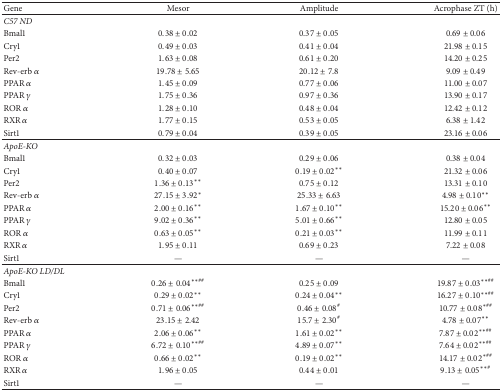
<table><thead><tr><td><b>Gene</b></td><td><b>Mesor</b></td><td><b>Amplitude</b></td><td><b>Acrophase ZT (h)</b></td></tr></thead><tbody><tr><td><i>C57 ND</i></td><td> </td><td> </td><td> </td></tr><tr><td>Bmal1</td><td>0.38 ± 0.02</td><td>0.37 ± 0.05</td><td>0.69 ± 0.06</td></tr><tr><td>Cry1</td><td>0.49 ± 0.03</td><td>0.41 ± 0.04</td><td>21.98 ± 0.15</td></tr><tr><td>Per2</td><td>1.63 ± 0.08</td><td>0.61 ± 0.20</td><td>14.20 ± 0.25</td></tr><tr><td>Rev-erb <i>α</i></td><td>19.78 ± 5.65</td><td>20.12 ± 7.8</td><td>9.09 ± 0.49</td></tr><tr><td>PPAR <i>α</i></td><td>1.45 ± 0.09</td><td>0.77 ± 0.06</td><td>11.00 ± 0.07</td></tr><tr><td>PPAR <i>γ</i></td><td>1.75 ± 0.36</td><td>0.97 ± 0.36</td><td>13.90 ± 0.17</td></tr><tr><td>ROR <i>α</i></td><td>1.28 ± 0.10</td><td>0.48 ± 0.04</td><td>12.42 ± 0.12</td></tr><tr><td>RXR <i>α</i></td><td>1.77 ± 0.15</td><td>0.53 ± 0.05</td><td>6.38 ± 1.42</td></tr><tr><td>Sirt1</td><td>0.79 ± 0.04</td><td>0.39 ± 0.05</td><td>23.16 ± 0.06</td></tr><tr><td><i>ApoE-KO</i></td><td> </td><td> </td><td> </td></tr><tr><td>Bmal1</td><td>0.32 ± 0.03</td><td>0.29 ± 0.06</td><td>0.38 ± 0.04</td></tr><tr><td>Cry1</td><td>0.40 ± 0.07</td><td>0.19 ± 0.02<sup><i>∗∗</i></sup></td><td>21.32 ± 0.06</td></tr><tr><td>Per2</td><td>1.36 ± 0.13<sup><i>∗∗</i></sup></td><td>0.75 ± 0.12</td><td>13.31 ± 0.10</td></tr><tr><td>Rev-erb <i>α</i></td><td>27.15 ± 3.92<sup><i>∗</i></sup></td><td>25.33 ± 6.63</td><td>4.98 ± 0.10<sup><i>∗∗</i></sup></td></tr><tr><td>PPAR <i>α</i></td><td>2.00 ± 0.16<sup><i>∗∗</i></sup></td><td>1.67 ± 0.10<sup><i>∗∗</i></sup></td><td>15.20 ± 0.06<sup><i>∗∗</i></sup></td></tr><tr><td>PPAR <i>γ</i></td><td>9.02 ± 0.36<sup><i>∗∗</i></sup></td><td>5.01 ± 0.66<sup><i>∗∗</i></sup></td><td>12.80 ± 0.05</td></tr><tr><td>ROR <i>α</i></td><td>0.63 ± 0.05<sup><i>∗∗</i></sup></td><td>0.21 ± 0.03<sup><i>∗∗</i></sup></td><td>11.99 ± 0.11</td></tr><tr><td>RXR <i>α</i></td><td>1.95 ± 0.11</td><td>0.69 ± 0.23</td><td>7.22 ± 0.08</td></tr><tr><td>Sirt1</td><td>—</td><td>—</td><td>—</td></tr><tr><td><i>ApoE-KO LD/DL</i></td><td> </td><td> </td><td> </td></tr><tr><td>Bmal1</td><td>0.26 ± 0.04<sup><i>∗∗</i>##</sup></td><td>0.25 ± 0.09</td><td>19.87 ± 0.03<sup><i>∗∗</i>##</sup></td></tr><tr><td>Cry1</td><td>0.29 ± 0.02<sup><i>∗∗</i></sup></td><td>0.24 ± 0.04<sup><i>∗∗</i></sup></td><td>16.27 ± 0.10<sup><i>∗∗</i>##</sup></td></tr><tr><td>Per2</td><td>0.71 ± 0.06<sup><i>∗∗</i>##</sup></td><td>0.46 ± 0.08<sup>#</sup></td><td>10.77 ± 0.08<sup><i>∗</i>##</sup></td></tr><tr><td>Rev-erb <i>α</i></td><td>23.15 ± 2.42</td><td>15.7 ± 2.30<sup>#</sup></td><td>4.78 ± 0.07<sup><i>∗∗</i></sup></td></tr><tr><td>PPAR <i>α</i></td><td>2.06 ± 0.06<sup><i>∗∗</i></sup></td><td>1.61 ± 0.02<sup><i>∗∗</i></sup></td><td>7.87 ± 0.02<sup><i>∗∗</i>##</sup></td></tr><tr><td>PPAR <i>γ</i></td><td>6.72 ± 0.10<sup><i>∗∗</i>##</sup></td><td>4.89 ± 0.07<sup><i>∗∗</i></sup></td><td>7.64 ± 0.02<sup><i>∗∗</i>##</sup></td></tr><tr><td>ROR <i>α</i></td><td>0.66 ± 0.02<sup><i>∗∗</i></sup></td><td>0.19 ± 0.02<sup><i>∗∗</i></sup></td><td>14.17 ± 0.02<sup><i>∗</i>##</sup></td></tr><tr><td>RXR <i>α</i></td><td>1.96 ± 0.05</td><td>0.44 ± 0.01</td><td>9.13 ± 0.05<sup><i>∗∗</i>#</sup></td></tr><tr><td>Sirt1</td><td>—</td><td>—</td><td>—</td></tr></tbody></table>